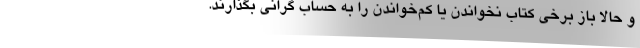
و حالا باز برخی کتاب نخواندن یا کم‌خواندن را به حساب گرانی بگذارند.